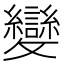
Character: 變